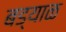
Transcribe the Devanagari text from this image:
बड्याळ